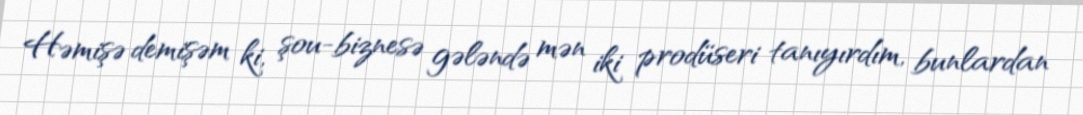
Həmişə demişəm ki, şou-biznesə gələndə mən iki prodüseri tanıyırdım, bunlardan